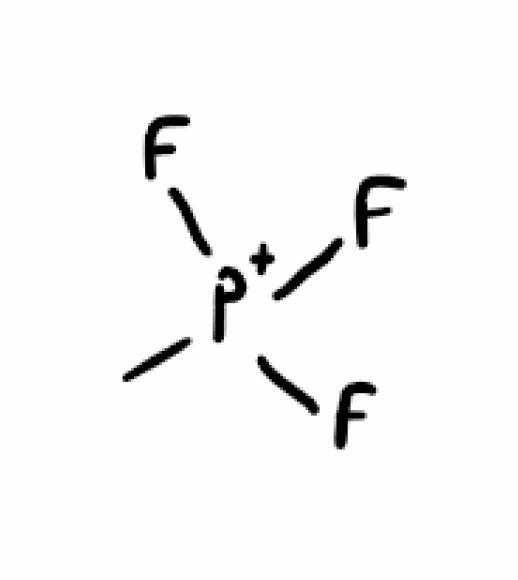
Simplified molecular-input line-entry system (SMILES) notation of the given molecule:
C[P+](F)(F)F